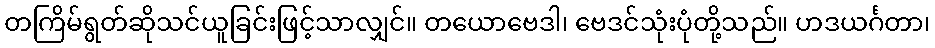
တကြိမ်ရွတ်ဆိုသင်ယူခြင်းဖြင့်သာလျှင်။ တယောဗေဒါ၊ ဗေဒင်သုံးပုံတို့သည်။ ဟဒယင်္ဂတာ၊